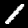
Label: 1